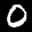
Label: 0